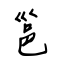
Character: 邕